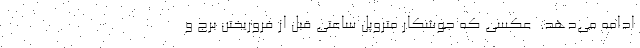
ادامه می‌دهد. ‌ عکسی که جوشکار متروپل ساعتی قبل از فروریختن برج و